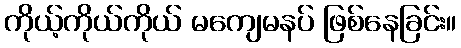
ကိုယ့်ကိုယ်ကိုယ် မကျေမနပ် ဖြစ်နေခြင်း။